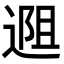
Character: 𬨱